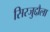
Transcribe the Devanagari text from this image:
सिरजुद्दौला